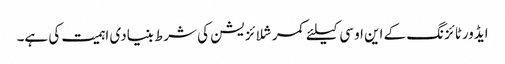
ایڈورٹائزنگ کے این او سی کیلئے کمرشلائزیشن کی شرط بنیادی اہمیت کی ہے۔